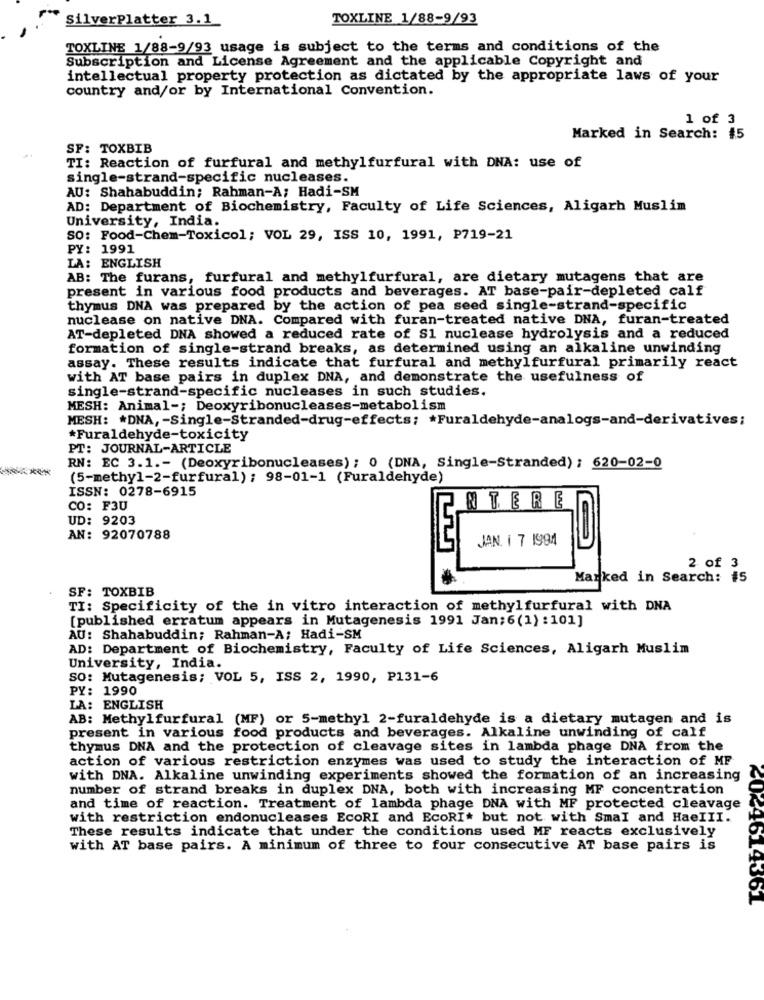
SilverPlatter 3.1
TOXLINE 1/88-9/93
TOXLINE 1/88-9/93 usage is subject to the terms and conditions of the
Subscription and License Agreement and the applicable Copyright and
intellectual property protection as dictated by the appropriate laws of your
country and/or by International Convention.
1 of 3
Marked in Search: 45
SF: TOXBIB
TI: Reaction of furfural and methylfurfural with DNA: use of
single-strand-specific nucleases.
AU: Shahabuddin; Rahman-A; Hadi-SM
AD: Department of Biochemistry, Faculty of Life Sciences, Aligarh Muslim
University, India.
SO: Food-Chem-Toxicol; VOL 29, ISS 10, 1991, P719-21
PY: 1991
LA: ENGLISH
AB: The furans, furfural and methylfurfural, are dietary mutagens that are
present in various food products and beverages. AT base-pair-depleted calf
thymus DNA was prepared by the action of pea seed single-strand-specific
nuclease on native DNA. Compared with furan-treated native DNA, furan-treated
AT-depleted DNA showed a reduced rate of S1 nuclease hydrolysis and a reduced
formation of single-strand breaks, as determined using an alkaline unwinding
assay. These results indicate that furfural and methylfurfural primarily react
with AT base pairs in duplex DNA, and demonstrate the usefulness of
single-strand-specific nucleases in such studies.
MESH: Animal -; Deoxyribonucleases-metabolism
MESH: * DNA ,- Single-Stranded-drug-effects; * Furaldehyde-analogs-and-derivatives;
*Furaldehyde-toxicity
PT: JOURNAL-ARTICLE
RN: EC 3.1 .- (Deoxyribonucleases) ; 0 (DNA, Single-Stranded) : 620-02-0
(5-methyl-2-furfural); 98-01-1 (Furaldehyde)
ISSN: 0278-6915
CO: F30
INTERE
UD: 9203
AN: 92070788
JAN. 1 7 1994
2 of 3
Marked in Search: #5
SF: TOXBIB
TI: Specificity of the in vitro interaction of methylfurfural with DNA
[published erratum appears in Mutagenesis 1991 Jan; 6(1) : 101]
AU: Shahabuddin; Rahman-A; Hadi-SM
AD: Department of Biochemistry, Faculty of Life Sciences, Aligarh Muslim
University, India.
SO: Mutagenesis; VOL 5, ISS 2, 1990, P131-6
PY: 1990
LA: ENGLISH
AB: Methylfurfural (MF) or 5-methyl 2-furaldehyde is a dietary mutagen and is
present in various food products and beverages. Alkaline unwinding of calf
thymus DNA and the protection of cleavage sites in lambda phage DNA from the
action of various restriction enzymes was used to study the interaction of MF
with DNA. Alkaline unwinding experiments showed the formation of an increasing
number of strand breaks in duplex DNA, both with increasing MF concentration
and time of reaction. Treatment of lambda phage DNA with MF protected cleavage
with restriction endonucleases EcoRI and EcoRI* but not with Smal and HaeIII.
These results indicate that under the conditions used MF reacts exclusively
with AT base pairs. A minimum of three to four consecutive AT base pairs is